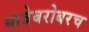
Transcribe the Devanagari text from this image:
यात्रेबरोबरच